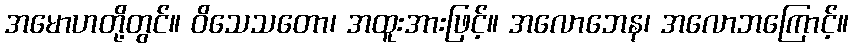
အမောဟတို့တွင်။ ဝိသေသတော၊ အထူးအားဖြင့်။ အလောဘေန၊ အလောဘကြောင့်။